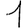
Digit: 1